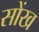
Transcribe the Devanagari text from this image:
सोंख